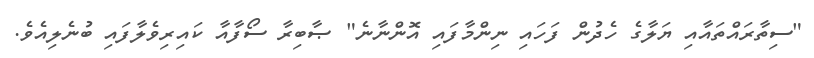
"ސިތާރައްތައާއި ޔަލާގެ ހެދުން ފަހައި ނިންމާފައި އޮންނާނެ" ޞާބިރާ ސޯފާއާ ކައިރިވެލާފައި ބުނެލިއެވެ.